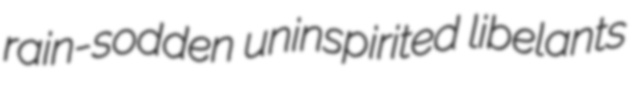
rain-sodden uninspirited libelants